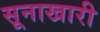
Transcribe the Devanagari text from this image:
सूनाखारी